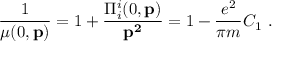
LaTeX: \frac { 1 } { \mu ( 0 , { \bf p } ) } = 1 + \frac { \Pi _ { i } ^ { i } ( 0 , { \bf p } ) } { { \bf p ^ { 2 } } } = 1 - \frac { e ^ { 2 } } { \pi m } C _ { 1 } \, \, .